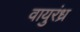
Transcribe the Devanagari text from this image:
वायुरंध्र